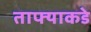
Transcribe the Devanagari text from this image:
ताफ्याकडे